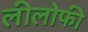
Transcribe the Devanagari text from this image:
लीलोफी